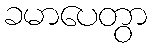
ခမာပေတွာ